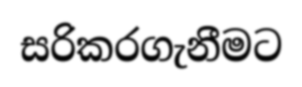
සරිකරගැනීමට